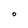
Character: O